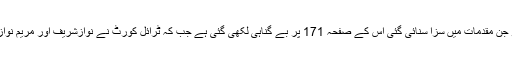
شہباز شریف نے کہا کہ نوازشریف کو جن مقدمات میں سزا سنائی گئی اس کے صفحہ 171 پر بے گناہی لکھی گئی ہے جب کہ ٹرائل کورٹ نے نوازشریف اور مریم نواز کو کرپشن کیس سے کلیئر کردیا ہے۔